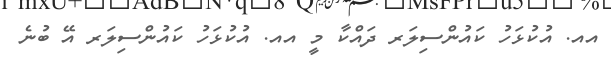
އއ. އުކުޅަހު ކައުންސިލަރ ދައްކާ މީ އއ. އުކުޅަހު ކައުންސިލަރ އޭ ބުނެ